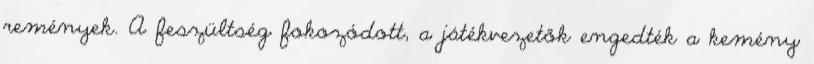
remények. A feszültség fokozódott, a játékvezetők engedték a kemény